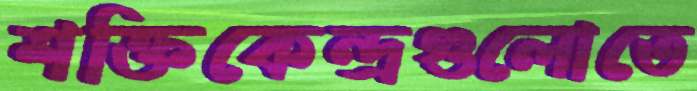
শক্তিকেন্দ্রগুলোতে